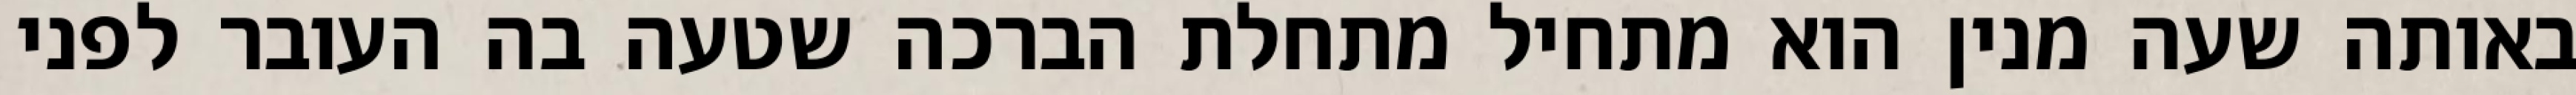
באותה שעה מנין הוא מתחיל מתחלת הברכה שטעה בה העובר לפני